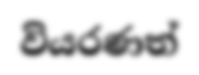
වියරණත්